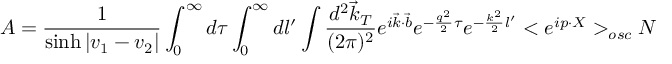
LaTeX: { \cal A } = \frac 1 { \sinh | v _ { 1 } - v _ { 2 } | } \int _ { 0 } ^ { \infty } d \tau \int _ { 0 } ^ { \infty } d l ^ { \prime } \int \frac { d ^ { 2 } \vec { k } _ { T } } { ( 2 \pi ) ^ { 2 } } e ^ { i \vec { k } \cdot \vec { b } } e ^ { - \frac { q ^ { 2 } } 2 \tau } e ^ { - \frac { k ^ { 2 } } 2 l ^ { \prime } } < e ^ { i p \cdot X } > _ { o s c } { \cal N }